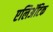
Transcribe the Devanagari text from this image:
एलिअॅटिक